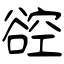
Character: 谾